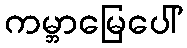
ကမ္ဘာမြေပေါ်